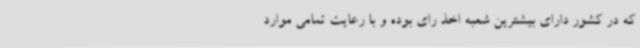
که در کشور دارای بیشترین شعبه اخذ رای بوده و با رعایت تمامی موارد